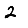
Digit: 2